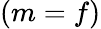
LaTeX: (m=f)